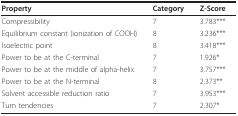
| Property | Category | Z-Score |
 | --- | --- | --- |
 | Compressibility | 7 | 3.783*** |
 | Equilibrium constant (ionization of COOH) | 8 | 3.236*** |
 | Isoelectric point | 8 | 3.418*** |
 | Power to be at the C-terminal | 7 | 1.926* |
 | Power to be at the middle of alpha-helix | 7 | 3.757*** |
 | Power to be at the N-terminal | 8 | 2.373** |
 | Solvent accessible reduction ratio | 7 | 3.953*** |
 | Turn tendencies | 7 | 2.307* |